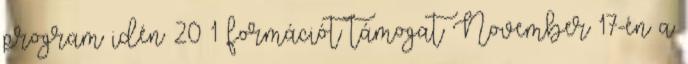
program idén 20 1 formációt támogat November 17-én a